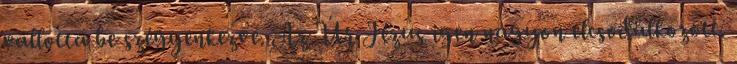
vallotta be szégyenkezve. Az Úr Jézus igen nagyon elcsodálkozott.